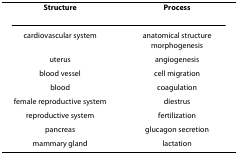
<table><thead><tr><td><b>Structure</b></td><td><b>Process</b></td></tr></thead><tbody><tr><td>cardiovascular system</td><td>anatomical structure morphogenesis</td></tr><tr><td>uterus</td><td>angiogenesis</td></tr><tr><td>blood vessel</td><td>cell migration</td></tr><tr><td>blood</td><td>coagulation</td></tr><tr><td>female reproductive system</td><td>diestrus</td></tr><tr><td>reproductive system</td><td>fertilization</td></tr><tr><td>pancreas</td><td>glucagon secretion</td></tr><tr><td>mammary gland</td><td>lactation</td></tr></tbody></table>